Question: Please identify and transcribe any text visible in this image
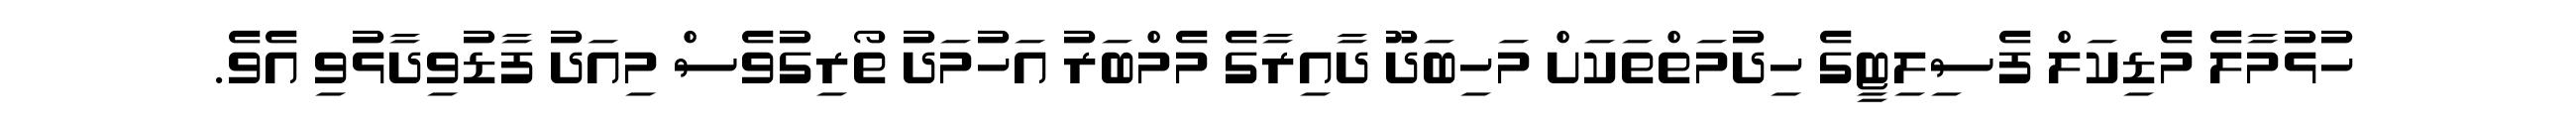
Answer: ހުޅުމާލެ މެޑިކަލް ފެސިލިޓީގެ ހިދުމަތްތަކަށް މަހިބަދޫ ދާއިރާގެ މެމްބަރު އަހުމަދު ތޯރިގުވެސް މިއަދު ފާޑުވިދާޅުވި އެވެ.